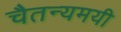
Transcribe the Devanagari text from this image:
चैतन्यमयी